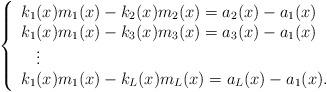
LaTeX: \begin{align*}\left\{\begin{array}{ll}k_1(x)m_1(x)-k_2(x)m_2(x)=a_2(x)-a_1(x)\\k_1(x)m_1(x)-k_3(x)m_3(x)=a_3(x)-a_1(x)\\\:\:\:\:\vdots\\k_1(x)m_1(x)-k_L(x)m_L(x)=a_L(x)-a_1(x).\end{array}\right.\end{align*}